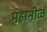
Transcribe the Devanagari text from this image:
महानीळ